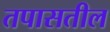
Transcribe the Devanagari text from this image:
तपासतील